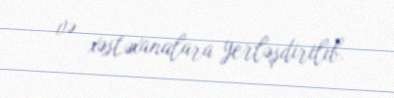
və xəstəxanalara yerləşdirilib.